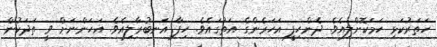
ހަތަރުކަޅި ހަމަކޮށްލިއެވެ. ދެންހިފީ އަހަރެންގެ އަތުގައެވެ. ހިފާ އަނބުރާލިއެވެ. އަހަންނަށް ވީ ތަދަކުން